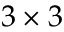
3 \times 3